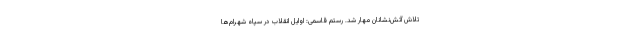
تلاش آتش‌نشانان مهار شد. رستم‌ قاسمی: اوایل انقلاب در سپاه شهرام‌ها